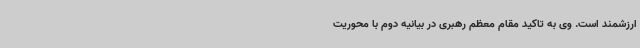
ارزشمند است. وی به تاکید مقام معظم رهبری در بیانیه دوم با محوریت